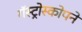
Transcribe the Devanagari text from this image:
गॅस्ट्रोस्कोपने